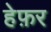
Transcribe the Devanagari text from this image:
हेफ़र